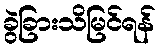
ခွဲခြားသိမြင်ရန်